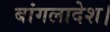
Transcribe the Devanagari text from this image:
बांगलादेश।